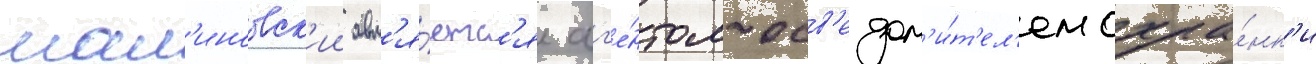
мал'иновск'ии явл'я́етс'я аг'е́нтом-осв'едом'и́т'ел'ем охра́нк'и